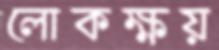
লোকক্ষয়